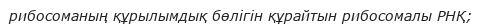
рибосоманың құрылымдық бөлігін құрайтын рибосомалы РНҚ;